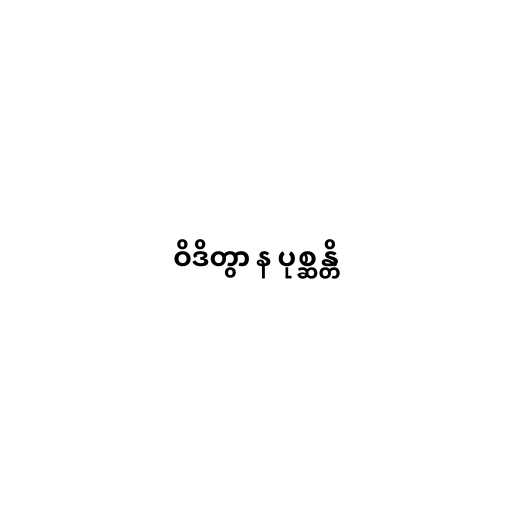
ဝိဒိတွာ န ပုစ္ဆန္တိ